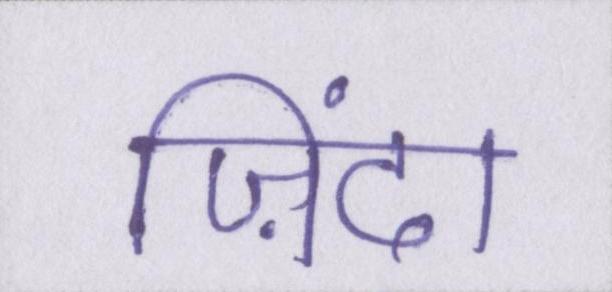
ज़िंदा